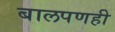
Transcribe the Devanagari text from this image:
बालपणही